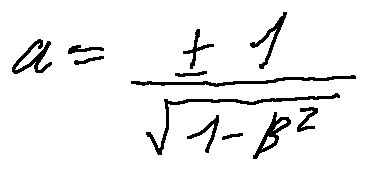
a = \frac { \pm 1 } { \sqrt { 1 - \beta ^ { 2 } } }